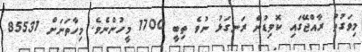
މިވަގުތު ރާއްޖޭގައި ކޮވިޑުން ރަނގަޅު ނުވެ ތިބީ 1700 މީހުންނެވެ. މިހާތަނަށް 85531